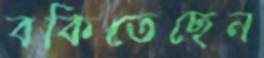
বকিতেছেন